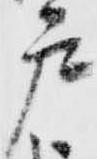
戸